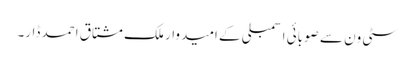
سٹی ون سے صوبائی اسمبلی کے امیدوار ملک مشتاق احمد ڈار۔